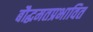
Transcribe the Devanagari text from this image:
बौद्धमतप्रभावित